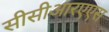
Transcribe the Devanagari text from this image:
सीसीआरएएस